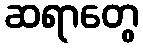
ဆရာတွေ